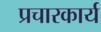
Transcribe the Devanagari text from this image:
प्रचारकार्य